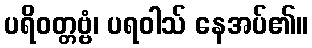
ပရိဝတ္တဗ္ဗံ၊ ပရဝါသ် နေအပ်၏။